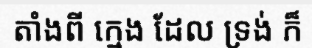
តាំងពី ក្មេង ដែល ទ្រង់ ក៏